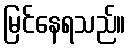
မြင်နေရသည်။